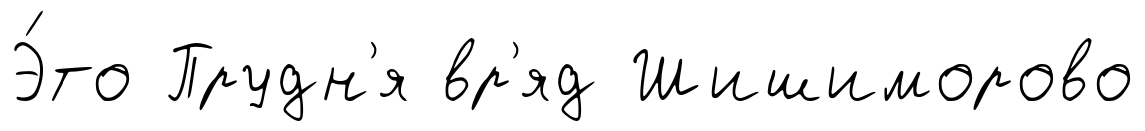
Э́то Прудн'я вр'яд Шишиморово